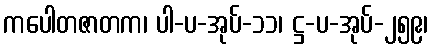
ကပေါတဇာတက၊ ပါ-ပ-အုပ်-၁၁၊ ဋ္ဌ-ပ-အုပ်-၂၅၉၊